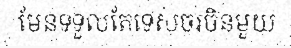
មែនទទួលតែទេសចរចិនមួយ